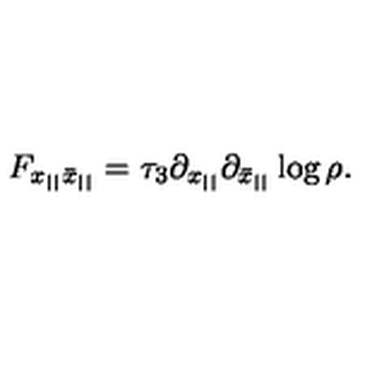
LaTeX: F _ { x _ { | | } \bar { x } _ { | | } } = \tau _ { 3 } \partial _ { x _ { | | } } \partial _ { \bar { x } _ { | | } } \log \rho .